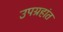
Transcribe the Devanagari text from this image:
उपग्रहांत